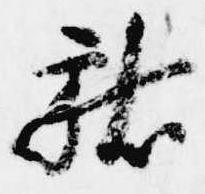
献